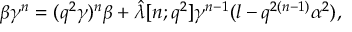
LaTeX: \beta \gamma ^ { n } = ( q ^ { 2 } \gamma ) ^ { n } \beta + \hat { \lambda } [ n ; q ^ { 2 } ] \gamma ^ { n - 1 } ( l - q ^ { 2 ( n - 1 ) } \alpha ^ { 2 } ) ,